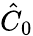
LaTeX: \hat{C}_{0}